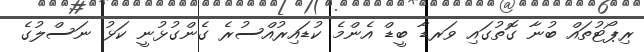
ރިޕޯޓުތައް ބުނާ ގޮތުގައި ވަރޑާ ބީޑް އެންމެ ކުޑައިރުއްސުރެ ގެންގުޅުނީ ކަޅު ނަސްލުގެ